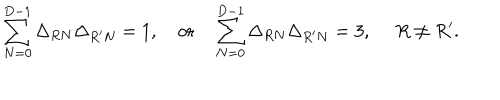
\sum _ { N = 0 } ^ { D - 1 } \Delta _ { R N } \Delta _ { R ^ { \prime } N } = 1 , ~ \mathrm { o r } ~ \sum _ { N = 0 } ^ { D - 1 } \Delta _ { R N } \Delta _ { R ^ { \prime } N } = 3 , ~ ~ R \not = R ^ { \prime } .